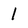
Character: 1